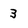
Character: 3